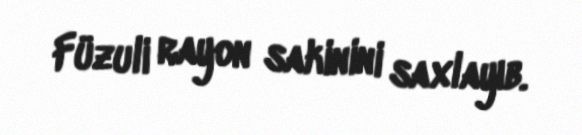
Füzuli rayon sakinini saxlayıb.